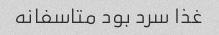
غذا سرد بود متاسفانه